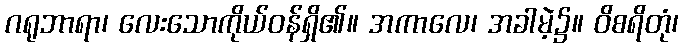
ဂရုဘာရာ၊ လေးသောကိုယ်ဝန်ရှိ၏။ အကာလေ၊ အခါမဲ့၌။ ဝိစရိတုံ၊